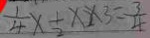
\frac { 1 } { 4 } \times \frac { 1 } { 2 } \times 2 \times 3 = \frac { 3 } { 4 }